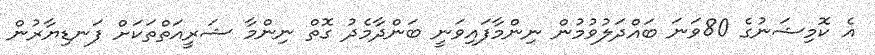
އެ ކޮމިޝަނުގެ 80ވަނަ ބައްދަލުވުމުން ނިންމާފައިވަނީ ބަންދާމެދު ގޮތް ނިންމާ ޝަރީއަތްތަކަށް ފަނޑިޔާރުން